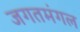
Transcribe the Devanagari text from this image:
जगतमंगल